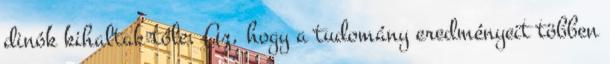
dinók kihaltak tőle. Az, hogy a tudomány eredményeit többen